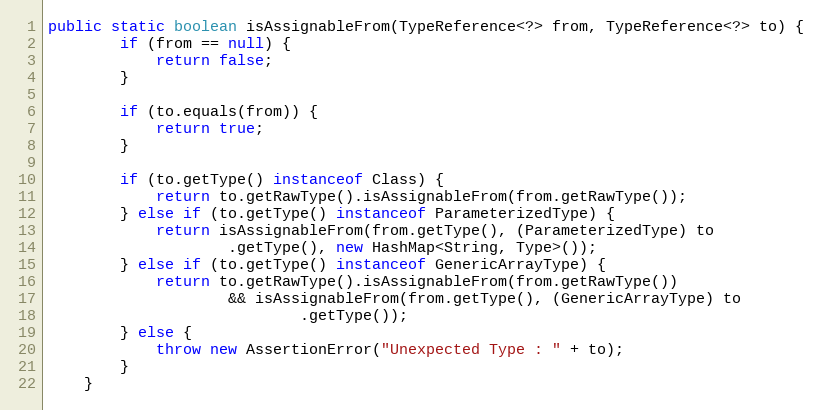
Language: Java
public static boolean isAssignableFrom(TypeReference<?> from, TypeReference<?> to) {
		if (from == null) {
			return false;
		}

		if (to.equals(from)) {
			return true;
		}

		if (to.getType() instanceof Class) {
			return to.getRawType().isAssignableFrom(from.getRawType());
		} else if (to.getType() instanceof ParameterizedType) {
			return isAssignableFrom(from.getType(), (ParameterizedType) to
					.getType(), new HashMap<String, Type>());
		} else if (to.getType() instanceof GenericArrayType) {
			return to.getRawType().isAssignableFrom(from.getRawType())
					&& isAssignableFrom(from.getType(), (GenericArrayType) to
							.getType());
		} else {
			throw new AssertionError("Unexpected Type : " + to);
		}
	}